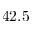
4 2 . 5